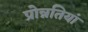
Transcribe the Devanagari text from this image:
प्रोन्नतियां